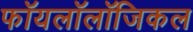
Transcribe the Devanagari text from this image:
फॉयलॉलॉजिकल